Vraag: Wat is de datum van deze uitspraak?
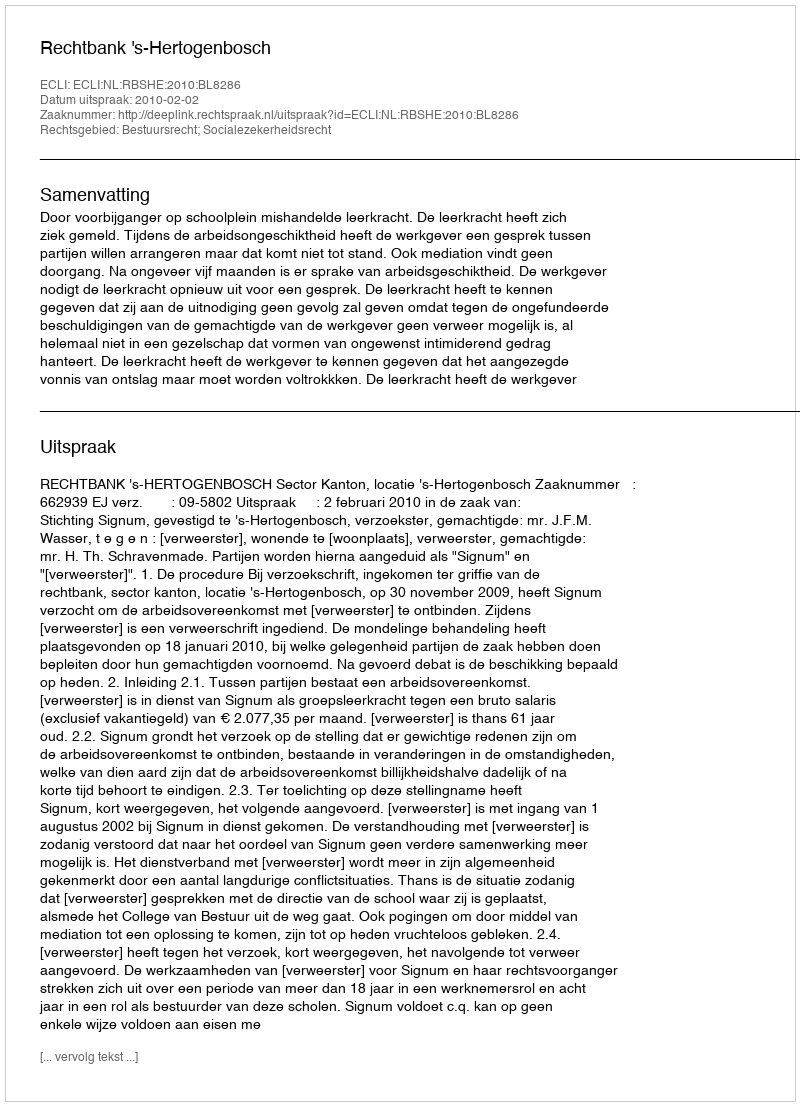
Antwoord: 2010-02-02